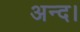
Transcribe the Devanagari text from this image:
अन्द।